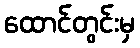
ထောင်တွင်းမှ